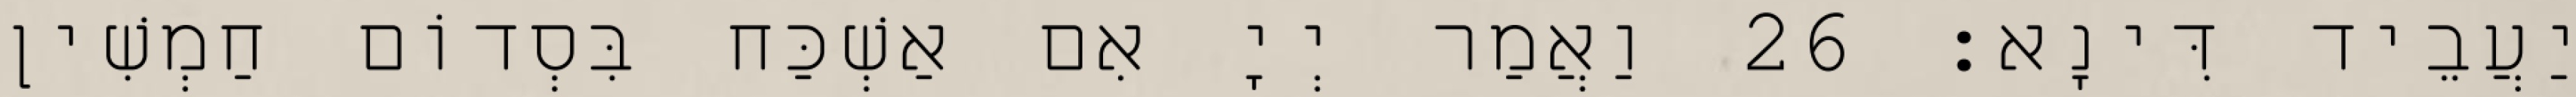
יַעֲבֵיד דִּינָא׃ 26 וַאֲמַר יְיָ אִם אַשְׁכַּח בִּסְדוֹם חַמְשִׁין